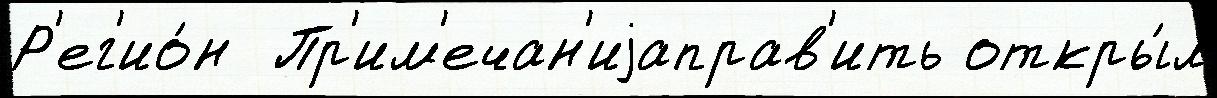
Р'ег'ио́н  Пр'им'ечан'иjаправ'ить откры́л